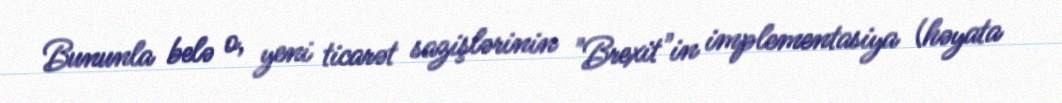
Bununla belə o, yeni ticarət sazişlərinin "Brexit"in implementasiya (həyata